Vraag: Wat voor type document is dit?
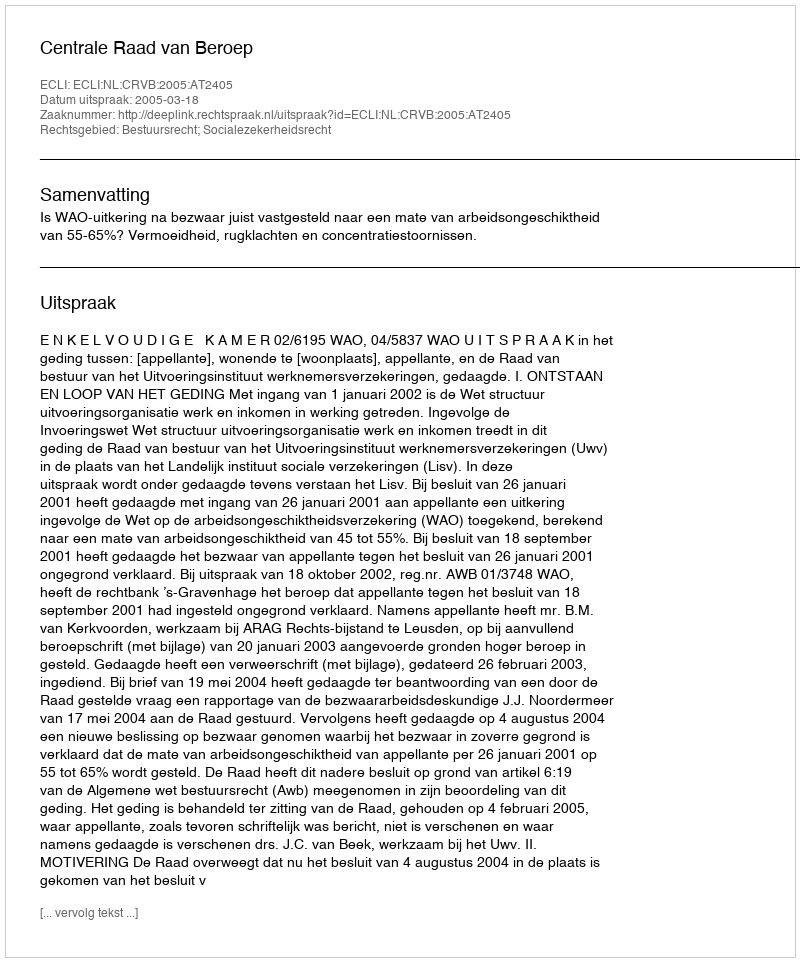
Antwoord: Uitspraak